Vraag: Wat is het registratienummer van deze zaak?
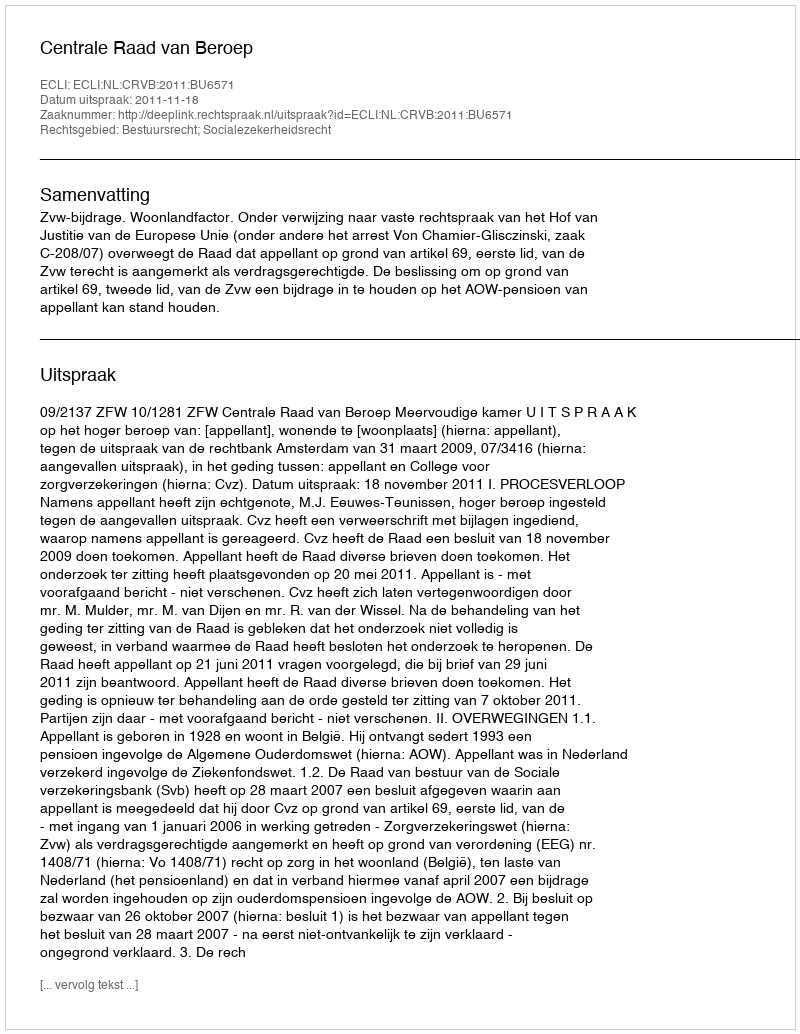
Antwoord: http://deeplink.rechtspraak.nl/uitspraak?id=ECLI:NL:CRVB:2011:BU6571